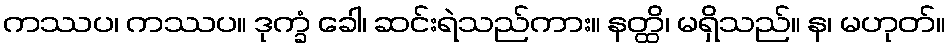
ကဿပ၊ ကဿပ။ ဒုက္ခံ ခေါ၊ ဆင်းရဲသည်ကား။ နတ္ထိ၊ မရှိသည်။ န၊ မဟုတ်။